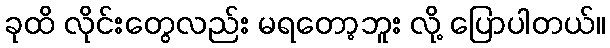
ခုထိ လိုင်းတွေလည်း မရတော့ဘူး လို့ ပြောပါတယ်။